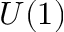
U ( 1 )